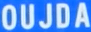
OUJDA